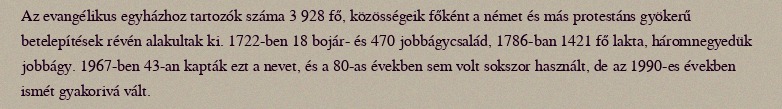
Az evangélikus egyházhoz tartozók száma 3 928 fő, közösségeik főként a német és más protestáns gyökerű betelepítések révén alakultak ki. 1722-ben 18 bojár- és 470 jobbágycsalád, 1786-ban 1421 fő lakta, háromnegyedük jobbágy. 1967-ben 43-an kapták ezt a nevet, és a 80-as években sem volt sokszor használt, de az 1990-es években ismét gyakorivá vált.